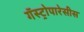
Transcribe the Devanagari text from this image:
गॅस्ट्रोपारेसीस